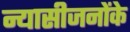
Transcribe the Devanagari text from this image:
न्यासीजनोंके